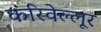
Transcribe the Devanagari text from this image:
करिवेल्लूर